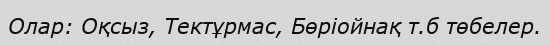
Олар: Оқсыз, Тектұрмас, Бөріойнақ т.б төбелер.